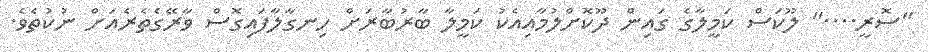
"ސޮރީ...." ލޫކަސް ކަމީލާގެ ގައިން ދޫކޮށްލުމާއިއެކު ކަމީލާ ބާރުބާރަށް ހިނގާލާފައިގޮސް ވާރޭގެތެރެއަށް ނުކުތެވެ.